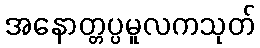
အနောတ္တပ္ပမူလကသုတ်